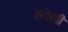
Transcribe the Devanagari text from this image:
क्रोली